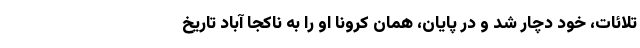
تلائات، خود دچار شد و در پایان، همان کرونا او را به ناکجا آباد تاریخ